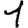
Digit: 1